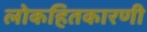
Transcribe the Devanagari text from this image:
लोकहितकारणी